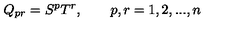
Q _ { p r } = S ^ { p } T ^ { r } , \qquad p , r = 1 , 2 , . . . , n